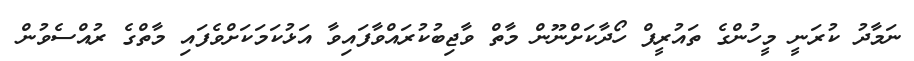
ނަމާދު ކުރަނީީ މީހުންގެ ތައުރީފް ހޯދާކަށްނޫން މާތް ވާޖިބުކުރައްވާފައިވާ އަޅުކަމަކަށްވެފައި މާތްގެ ރުއްސެވުން